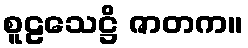
စူဠသေဋ္ဌိ ဇာတက။